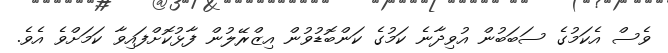
ވެސް އެކަމުގެ ސަބަބުން އުވިދާނެ ކަމުގެ ކަންބޮޑުވުން އިޒްރޭލުން ފާޅުކޮށްފައިވާ ކަމަށްވެ އެވެ.